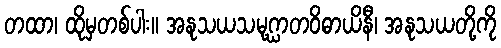
တထာ၊ ထိုမှတစ်ပါး။ အနုသယသမုဂ္ဃာတဝိဓာယိနီ၊ အနုသယတို့ကို